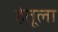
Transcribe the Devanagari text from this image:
हेतूला